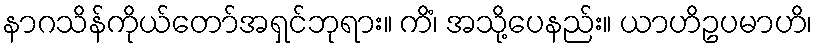
နာဂသိန်ကိုယ်တော်အရှင်ဘုရား။ ကိံ၊ အသို့ပေနည်း။ ယာဟိဥပမာဟိ၊